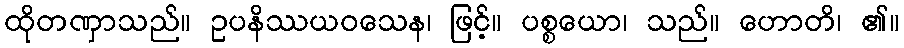
ထိုတဏှာသည်။ ဥပနိဿယဝသေန၊ ဖြင့်။ ပစ္စယော၊ သည်။ ဟောတိ၊ ၏။